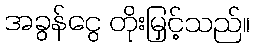
အခွန်ငွေ တိုးမြှင့်သည်။